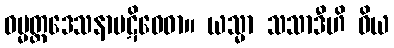
ဓမ္မတ္ထဒေသနာပဋိဝေဓာ။ ယသ္မာ သသာဒီဟိ ဝိယ